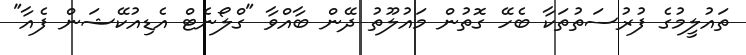
ތައުލީމުގެ ފުރުސަތުތަކާ ބެހޭ ގޮތުން މައުލޫތު ދޭން ބާއްވާ "ގްލޯނެޓް އެޑިއުކޭޝަން ފެއާ"